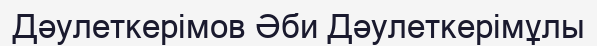
Дәулеткерімов Әби Дәулеткерімұлы